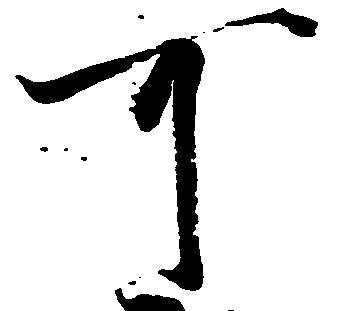
可